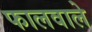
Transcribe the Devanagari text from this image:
फालवाले